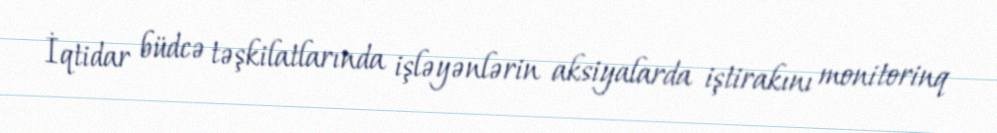
İqtidar büdcə təşkilatlarında işləyənlərin aksiyalarda iştirakını monitorinq